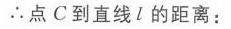
\(\therefore\)点\(C\)到直线\(l\)的距离：